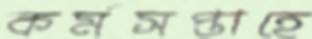
কর্মসপ্তাহে